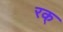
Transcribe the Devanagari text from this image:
रक्